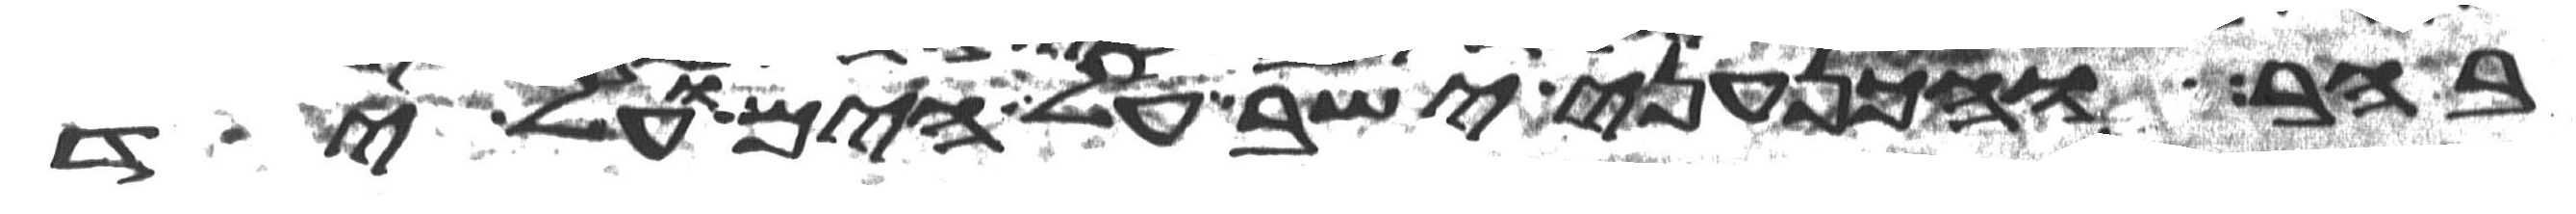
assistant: בהר והכנעני ישב על הים ועל יד